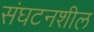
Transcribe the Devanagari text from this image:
संघटनशील